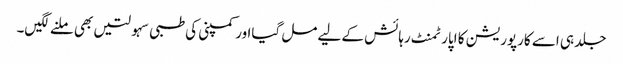
جلد ہی اسے کارپوریشن کا اپارٹمنٹ رہائش کے لیے مل گیااور کمپنی کی طبی سہولتیں بھی ملنے لگیں۔